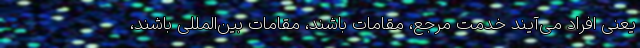
یعنی افراد می‌آیند خدمت مرجع، مقامات باشند، مقامات بین‌المللی باشند،